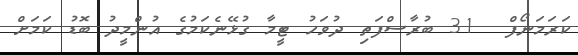
ކަރަމަނޯފް  31 ބުރާސްފަތި ދުވަހު ޓީމާ ގުޅޭނެކަމުގެ އުންމީދު ބޮޑު ކަމަށް